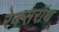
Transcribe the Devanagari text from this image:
रेक्सरॉथ